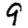
Digit: 9